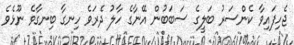
ޖެހިފައިވާ ކެންސަރު ބަލީގެ ސަބަބުން އޭނާގެ ހާލު ދެރަވެ ހިނގާ ބިނގާވެ ނޫޅެވެ